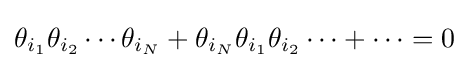
\theta _{i_{1}}\theta _{i_{2}}\cdots \theta _{i_{N}}+\theta _{i_{N}}\theta _{i_{1}}\theta _{i_{2}}\cdots +\cdots =0